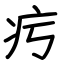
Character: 㽲